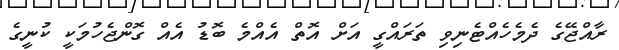
ރާއްޖޭގެ ދެމެހެއްޓެނިވި ތަރައްގީ އަށް އޮތް އެއްމެ ބޮޑު އެއް ގޮންޖެހުމަކީ ކުނީގެ